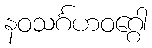
နဝသင်္ဂဟဝဂ္ဂေါ